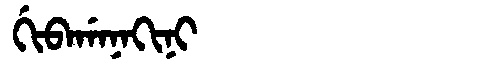
Manchu: ᡤᡳᠪᠠᡤᠠᠨᠠᡴᡳᠨᡳ
Romanization: GIBAGANAKINI